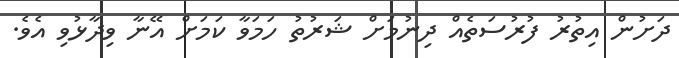
ދަށުން އިތުރު ފުރުސަތެއް ދިނުމަށް ޝަރުތު ހަމަވާ ކަމަށް އޭނާ ވިދާޅުވި އެވެ.